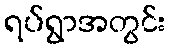
ရပ်ရွာအတွင်း